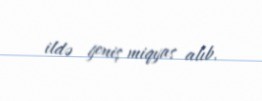
ildə geniş miqyas alıb.